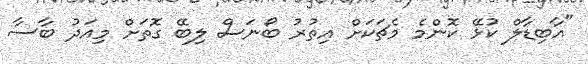
"އާބިޑާލް ކުޅޭ ކޮންމެ މެޗަކަށް އިތުރު ބޯނަސް ލިބޭ ގޮތަށް މިއަދު ބާސާ